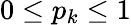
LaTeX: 0\leq p_{k}\leq 1